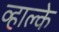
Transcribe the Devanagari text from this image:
व्हाल्के